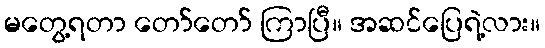
မတွေ့ရတာ တော်တော် ကြာပြီ။ အဆင်ပြေရဲ့လား။